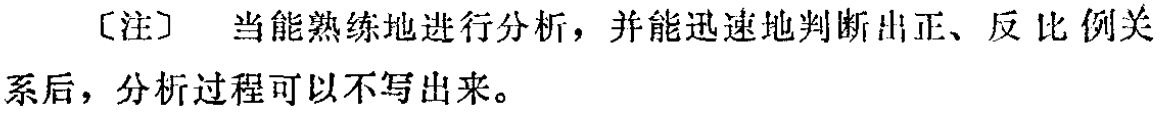
[注] 当能熟练地进行分析，并能迅速地判断出正、反比例关系后，分析过程可以不写出来。